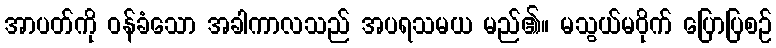
အာပတ်ကို ဝန်ခံသော အခါကာလသည် အပရသမယ မည်၏။ မသွယ်မဝိုက် ပြောပြစဉ်